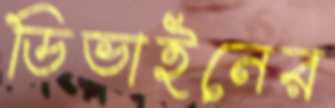
ডিভাইনের